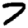
Digit: 7